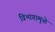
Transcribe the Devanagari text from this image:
विभागामुळे